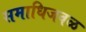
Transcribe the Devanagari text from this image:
समाधिजवळ